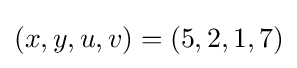
(x,y,u,v)=(5,2,1,7)